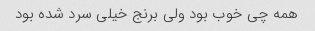
همه چی خوب بود ولی برنج خیلی سرد شده بود